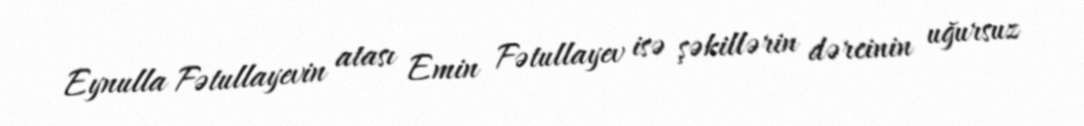
Eynulla Fətullayevin atası Emin Fətullayev isə şəkillərin dərcinin uğursuz